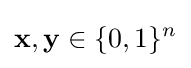
\mathbf {x} ,\mathbf {y} \in \{0,1\}^{n}